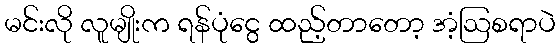
မင်းလို လူမျိုးက ရန်ပုံငွေ ထည့်တာတော့ အံ့ဩစရာပဲ